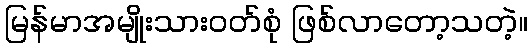
မြန်မာအမျိုးသားဝတ်စုံ ဖြစ်လာတော့သတဲ့။